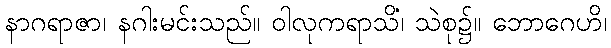
နာဂရာဇာ၊ နဂါးမင်းသည်။ ဝါလုကရာသိံ၊ သဲစု၌။ ဘောဂေဟိ၊